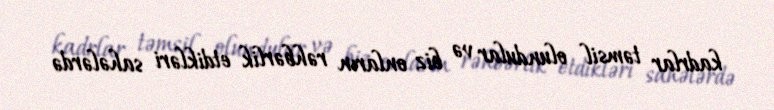
kadrlar təmsil olundular və biz onların rəhbərlik etdikləri sahələrdə